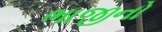
ભાજીનો